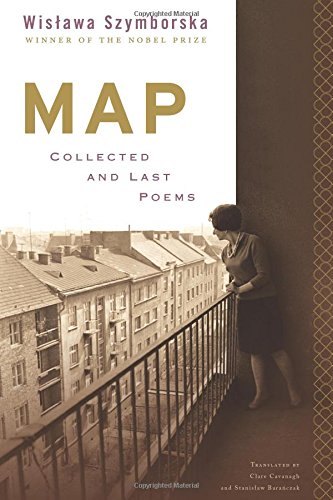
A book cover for Map: Collected and Last Poems; Wislawa Szymborska; Literature & Fiction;